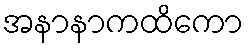
အနာနာကထိကော